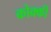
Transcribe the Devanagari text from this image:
कोक्की